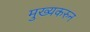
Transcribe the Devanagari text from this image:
मुख्यकरुन